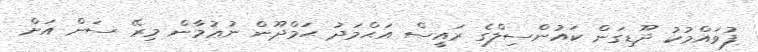
ފުވައްމުކު ދޫޑިގަން ކައުންސިލްގެ ރައީސް އަޙްމަދު ޙަމްދޫން ނުޢުމާން މިރޭ ސަން އަށް